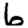
Digit: 6